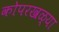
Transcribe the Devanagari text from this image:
कोपरखळ्या